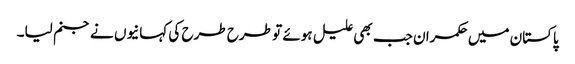
پاکستان میں حکمران جب بھی علیل ہوئے تو طرح طرح کی کہانیوں نے جنم لیا۔